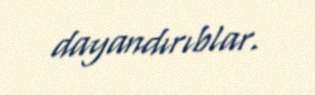
dayandırıblar.